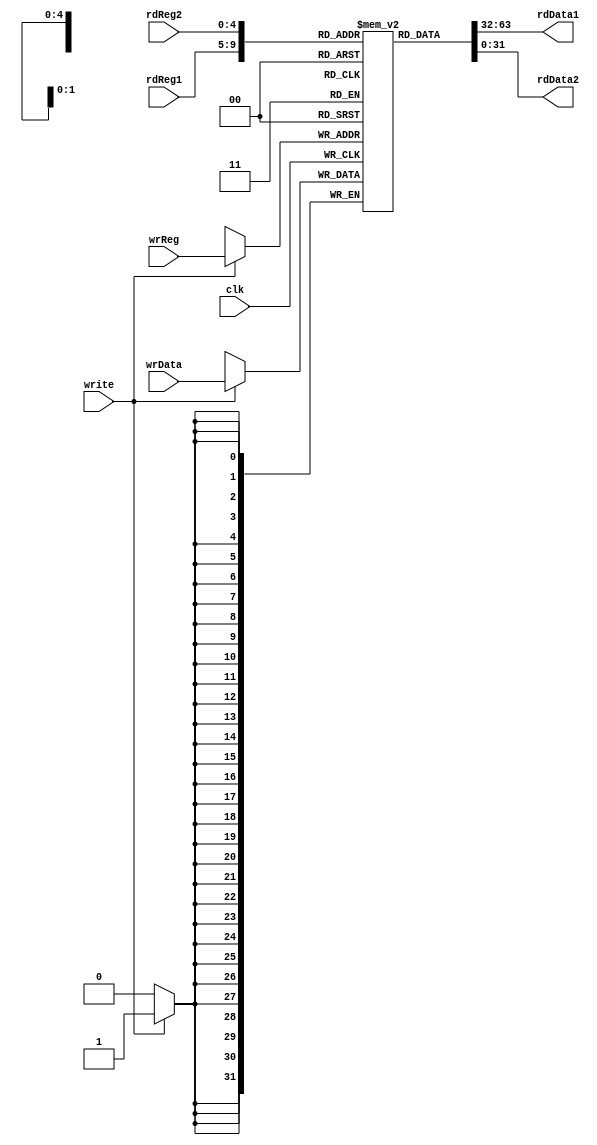
`timescale 1ns / 1ps
//////////////////////////////////////////////////////////////////////////////////
// Company: 
// Engineer: 
// 
// Design Name: 
// Module Name: regFile
// Project Name: 
// Target Devices: 
// Tool Versions: 
// Description: 
// 
// Dependencies: 
// 
// Revision:
// Revision 0.01 - File Created
// Additional Comments:
// 
//////////////////////////////////////////////////////////////////////////////////


module Registers(
    input clk,
    input [4:0] rdReg1, rdReg2, wrReg,
    input [31:0] wrData,
    input write,
    output [31:0] rdData1, rdData2
    );
    
    reg [31:0] register [0:31];
    
    integer i;
    initial
        for(i=0;i<32;i=i+1) register[i] = 32'b00000000000000000000000000000000;
    
	always @(posedge clk) begin
		if (write) register[wrReg] = wrData;
	end
    
    assign rdData1 = register[rdReg1];
    assign rdData2 = register[rdReg2];
    
endmodule